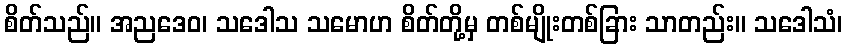
စိတ်သည်။ အညဒေဝ၊ သဒေါသ သမောဟ စိတ်တို့မှ တစ်မျိုးတစ်ခြား သာတည်း။ သဒေါသံ၊